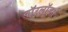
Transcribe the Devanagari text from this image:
वाॅरलाॅर्ड्स